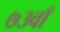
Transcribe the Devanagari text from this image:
७३वाँ